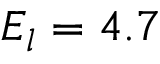
E _ { l } = 4 . 7